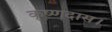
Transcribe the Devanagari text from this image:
कृष्णदास।